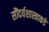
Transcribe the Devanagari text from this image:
सौंदर्यशास्त्राकडे